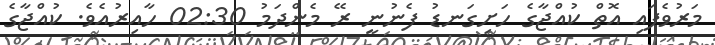
މަރުވެފައި އޮތް ކުއްޖާގެ ހަށިގަނޑު ފެނުނީ ރޭ މެންދަމު 02:30 ހާއިރުއެވެ. ކުއްޖާގެ